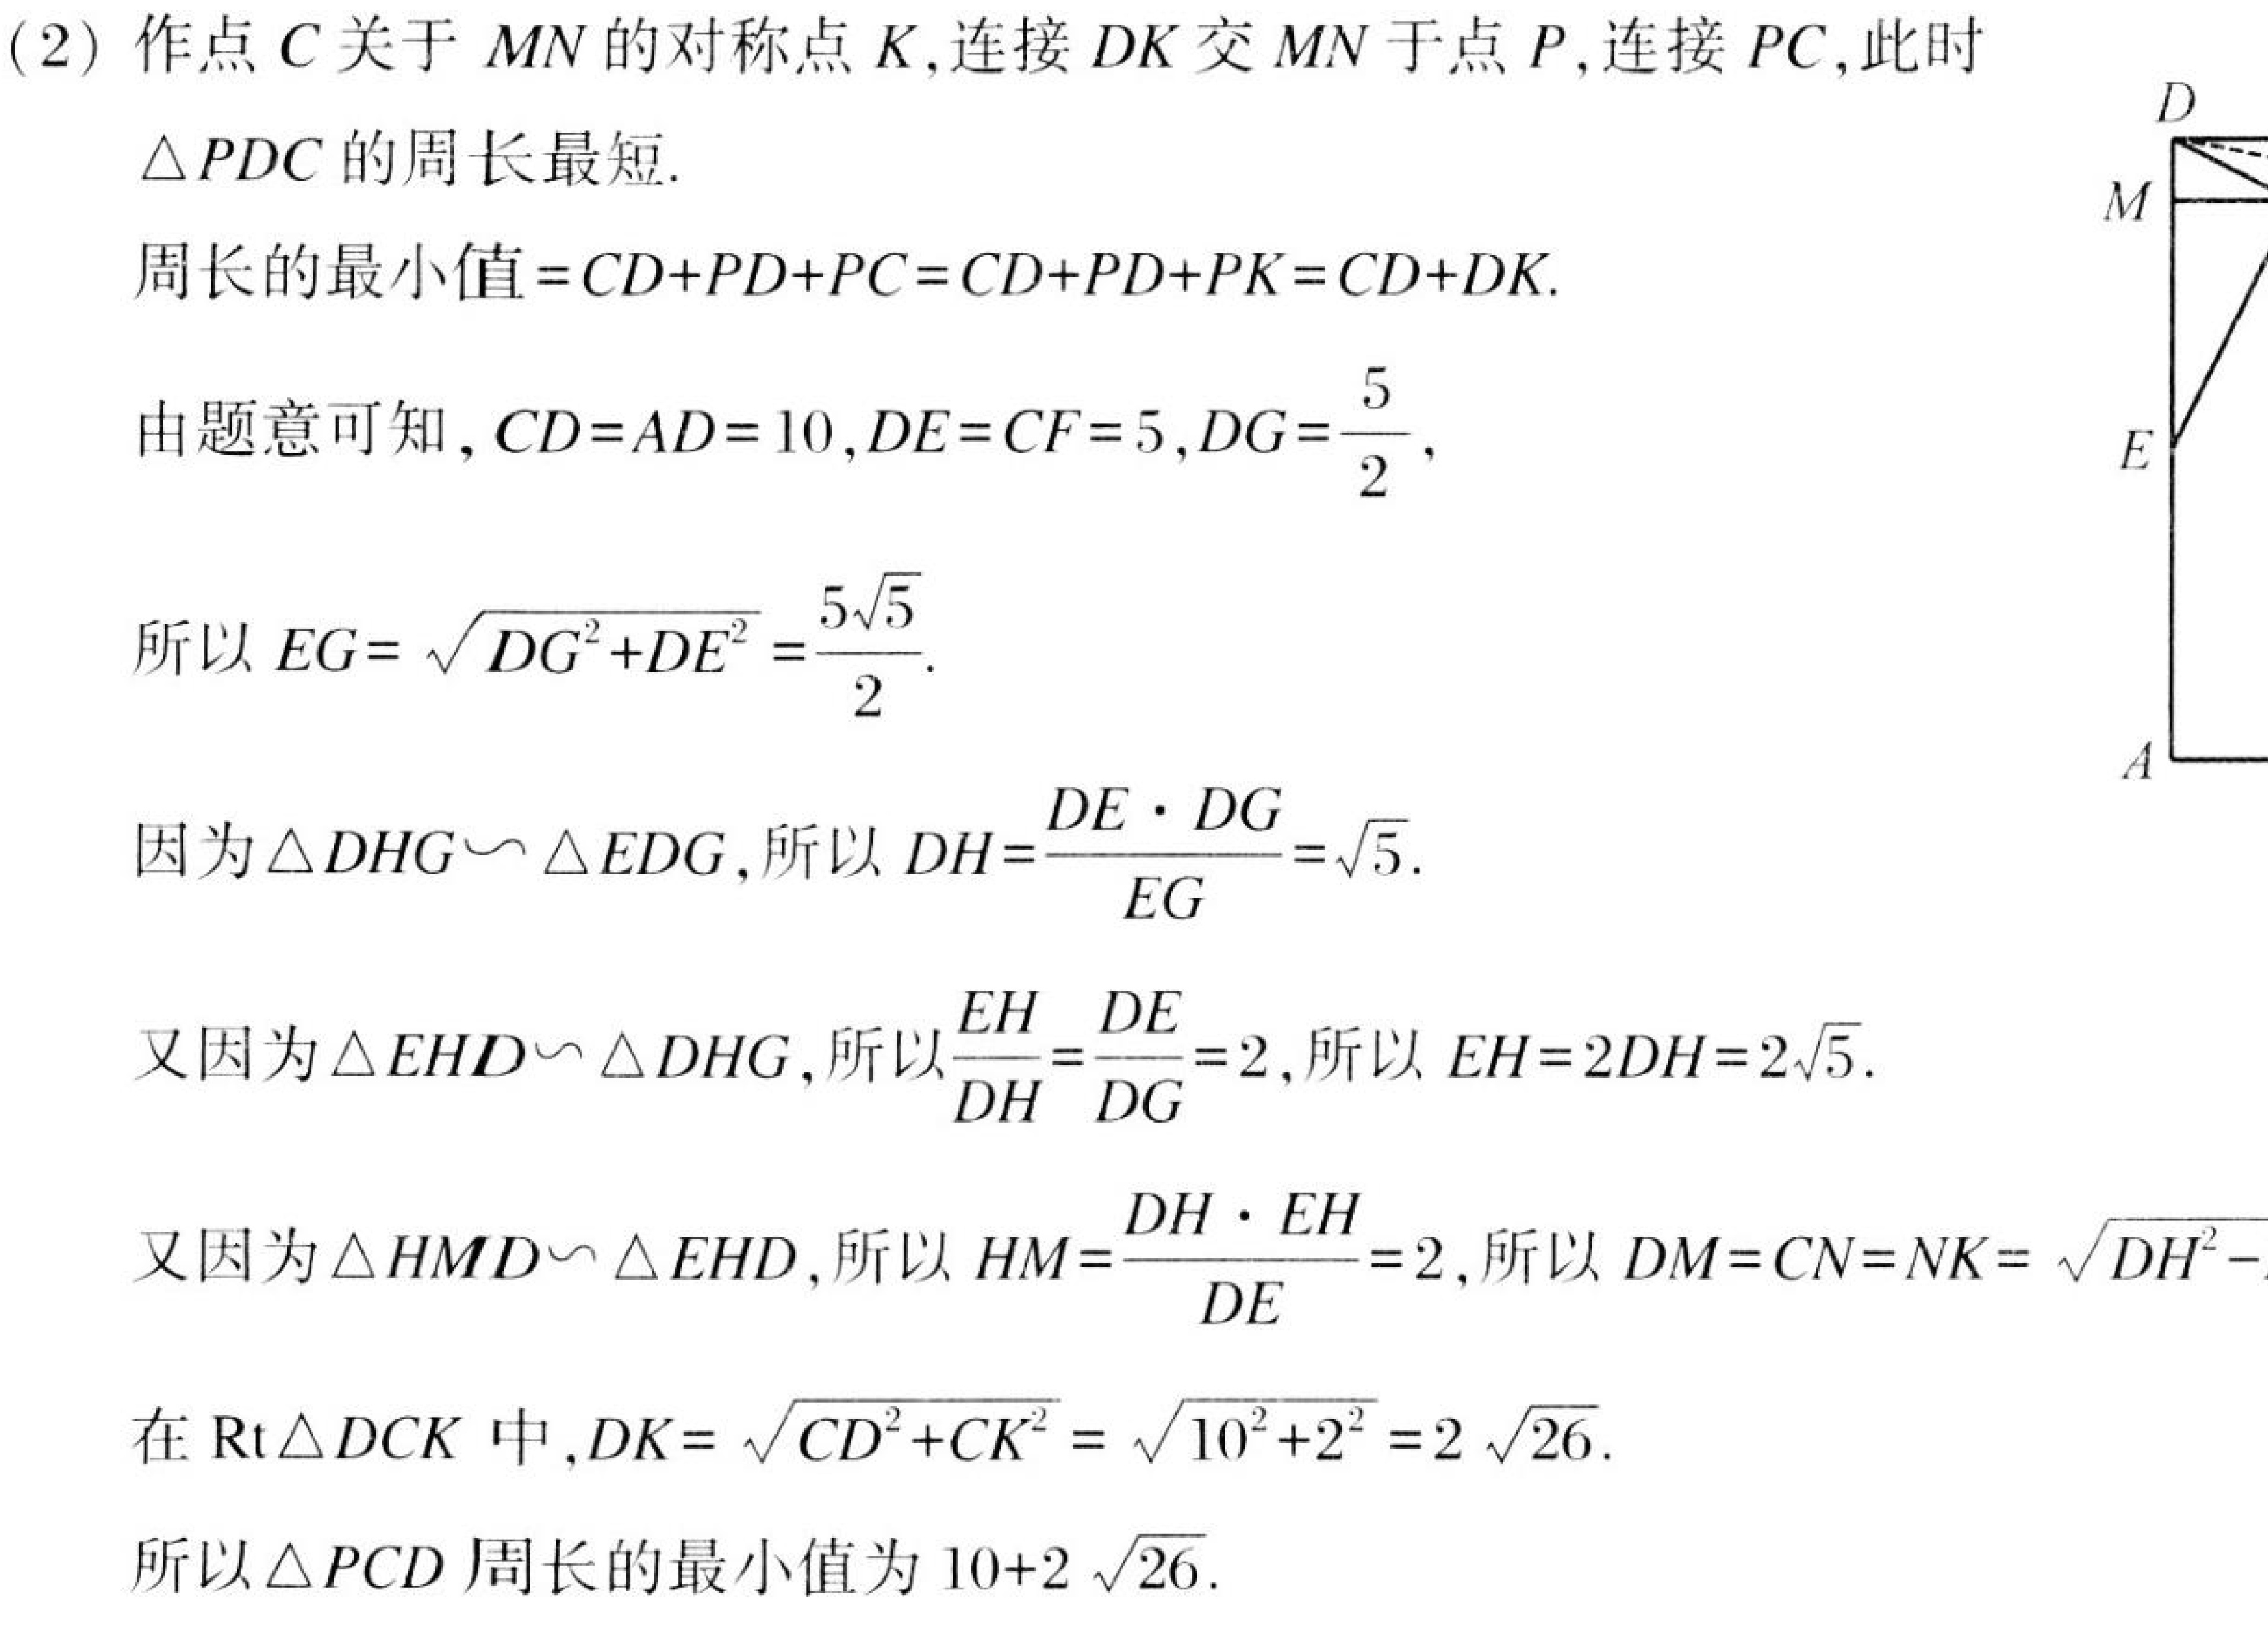
(2) 作点 \(C\) 关于 \(MN\) 的对称点 \(K\),连接 \(DK\) 交 \(MN\) 于点 \(P\),连接 \(PC\),此时
\(\triangle PDC\) 的周长最短.
周长的最小值\(=CD + PD+PC=CD + PD+PK=CD + DK\).
由题意可知, \(CD = AD = 10\),\(DE = CF = 5\),\(DG=\frac{5}{2}\),
所以 \(EG=\sqrt{DG^{2}+DE^{2}}=\frac{5\sqrt{5}}{2}\).
因为\(\triangle DHG\backsim\triangle EDG\),所以 \(DH=\frac{DE\cdot DG}{EG}=\sqrt{5}\).
又因为\(\triangle EHD\backsim\triangle DHG\),所以 \(\frac{EH}{DH}=\frac{DE}{DG}=2\),所以 \(EH = 2DH = 2\sqrt{5}\).
又因为\(\triangle HMD\backsim\triangle EHD\),所以 \(HM=\frac{DH\cdot EH}{DE}=2\),所以 \(DM = CN = NK=\sqrt{DH^{2}-}\)
在 \(\text{Rt}\triangle DCK\) 中,\(DK=\sqrt{CD^{2}+CK^{2}}=\sqrt{10^{2}+2^{2}} = 2\sqrt{26}\).
所以\(\triangle PCD\) 周长的最小值为 \(10 + 2\sqrt{26}\).